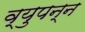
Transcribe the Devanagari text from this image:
व्युपन्न